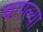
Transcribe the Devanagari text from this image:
चागल्या